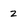
Character: 2